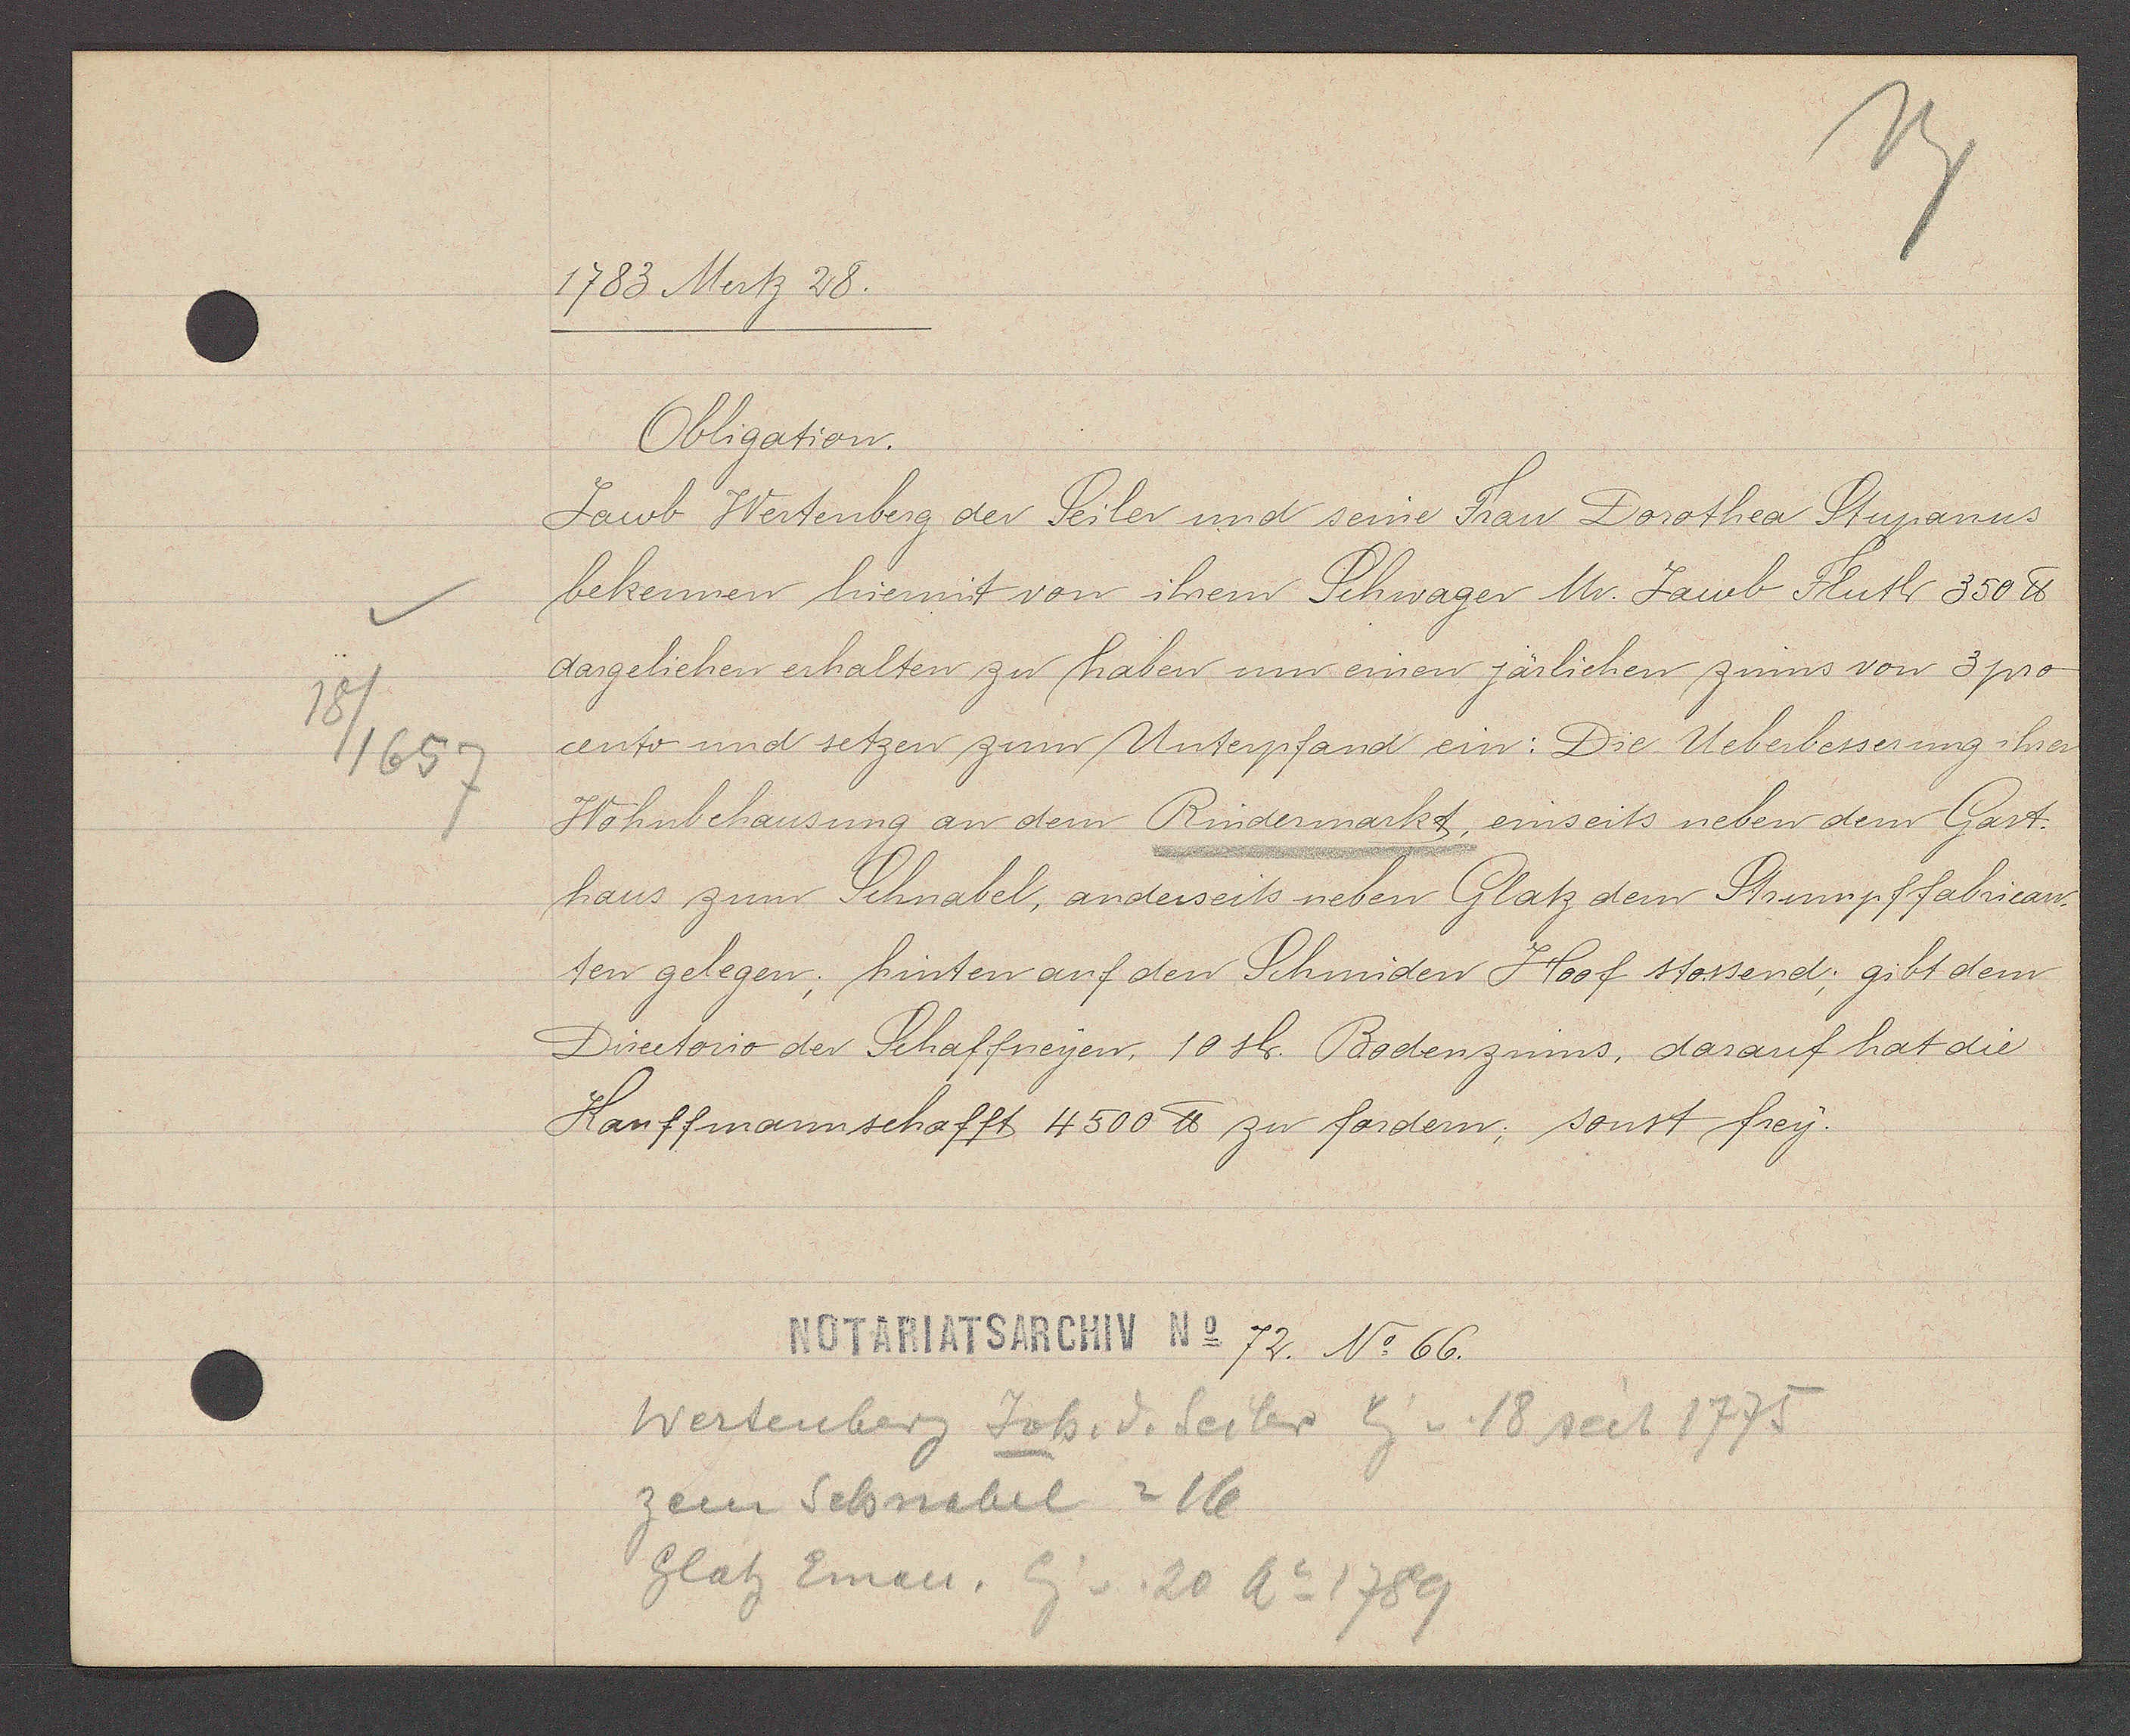
Transcript:
18/657

1783 Mertz 28.

Obligation.
Jacob Wertenberg der Seiler und seine Frau Dorothea Stupanus
bekennen hiermit von ihrem Schwager Mr. Jacob Fluth 350 ℔.
dargeliehen erhalten zu haben um einen järlichen zinns von 3 pro
cento und setzen zum Unterpfand ein: Die Ueberbesserung ihrer
Wohnbehausung an dem Rindermarkt, einseits neben dem Gast-
hauss zum Schnabel, anderseits neben Glatz dem Strumpffabrican-
ten gelegen; hinten auf den Schmiden Hoof stossend; gibt dem
Directorio der Schaffneyen, 10 sh. Bodenzinns, darauf hat die
Kauffmannschafft 4500 ℔ zu fordern, sonst frey.

Notariatsarchiv No 72. No 66.

Wertenberg Joh. d. Seiler Eig v. 18 seit 1775
zem Schnabel = 16
Glatz Eman. Eig. v. 20 Ao 1789